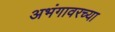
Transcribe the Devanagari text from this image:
अभंगावरच्या